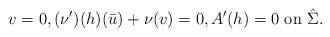
LaTeX: \begin{align*} v=0, (\nu')(h) (\bar u) + \nu (v)=0, A'(h)=0\mbox{ on } \hat \Sigma.\end{align*}